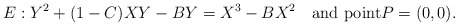
\begin{align*}E:Y^2 + (1-C)XY - BY = X^3 - BX^2\quad\mbox{and point}P=(0,0).\end{align*}